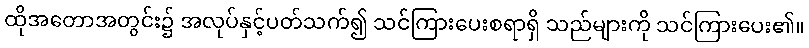
ထိုအတောအတွင်း၌ အလုပ်နှင့်ပတ်သက်၍ သင်ကြားပေးစရာရှိ သည်များကို သင်ကြားပေး၏။